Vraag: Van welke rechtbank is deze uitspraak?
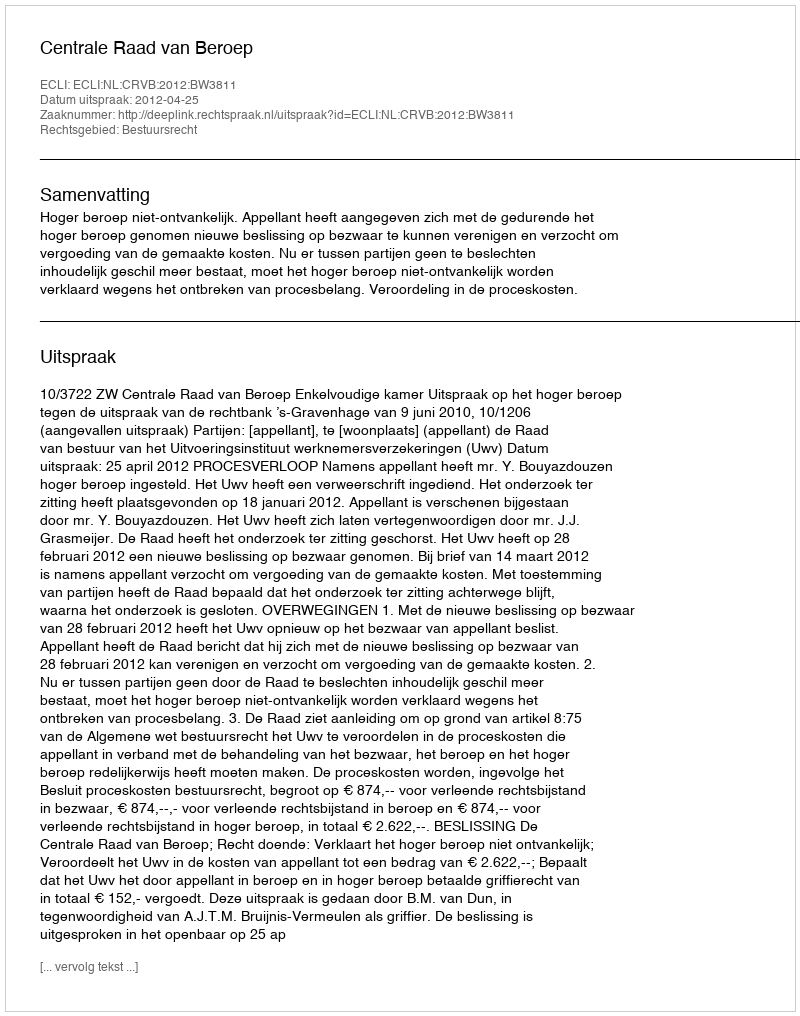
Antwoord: Centrale Raad van Beroep